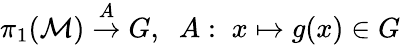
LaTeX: \pi_{1}({\cal M})\stackrel{A}{\rightarrow}G,\; \; A:\; x\mapsto g(x)\in G